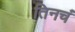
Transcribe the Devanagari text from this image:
तिनचं